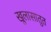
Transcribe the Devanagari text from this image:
खुलासातुत